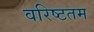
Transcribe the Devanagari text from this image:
वरिष्‍टतम